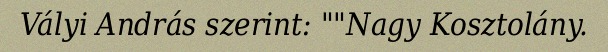
Vályi András szerint: ""Nagy Kosztolány.